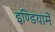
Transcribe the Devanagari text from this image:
इण्डियामें